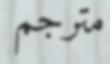
مترجم